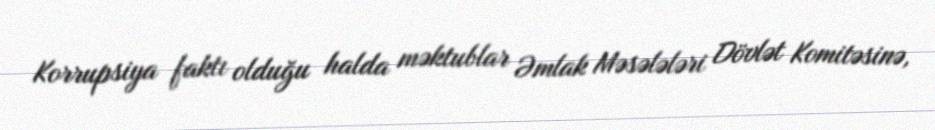
Korrupsiya faktı olduğu halda məktublar Əmlak Məsələləri Dövlət Komitəsinə,